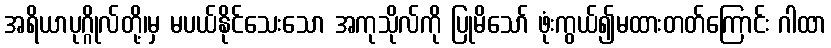
အရိယာပုဂ္ဂိုလ်တို့၊မှ မပယ်နိုင်သေးသော အကုသိုလ်ကို ပြုမိသော် ဖုံးကွယ်၍မထားတတ်ကြောင်း ဂါထာ